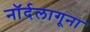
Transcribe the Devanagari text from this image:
नॉर्दलागूना